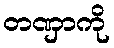
တဏှာကို